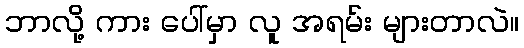
ဘာလို့ ကား ပေါ်မှာ လူ အရမ်း များတာလဲ။